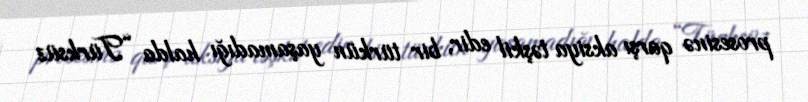
prosesinə qarşı aksiya təşkil edir, bir türkün yaşamadığı halda “Türksüz